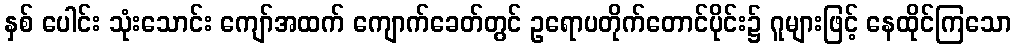
နှစ် ပေါင်း သုံးသောင်း ကျော်အထက် ကျောက်ခေတ်တွင် ဥရောပတိုက်တောင်ပိုင်း၌ ဂူများဖြင့် နေထိုင်ကြသော